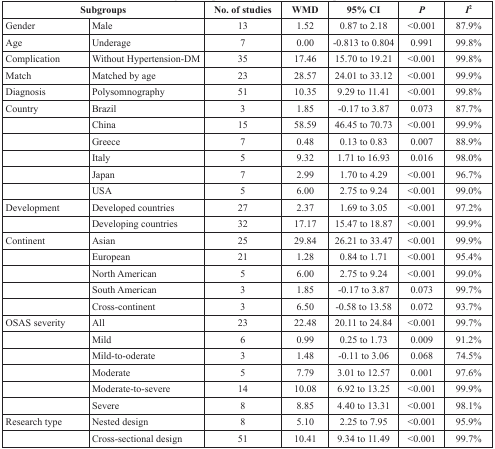
<table><thead><tr><td colspan="2"><b>Subgroups</b></td><td><b>No. of studies</b></td><td><b>WMD</b></td><td><b>95% CI</b></td><td><b><i>P</i></b></td><td><b><i>I</i><sup>2</sup></b></td></tr></thead><tbody><tr><td>Gender</td><td>Male</td><td>13</td><td>1.52</td><td>0.87 to 2.18</td><td>&lt;0.001</td><td>87.9%</td></tr><tr><td>Age</td><td>Underage</td><td>7</td><td>0.00</td><td>−0.813 to 0.804</td><td>0.991</td><td>99.8%</td></tr><tr><td>Complication</td><td>Without Hypertension-DM</td><td>35</td><td>17.46</td><td>15.70 to 19.21</td><td>&lt;0.001</td><td>99.8%</td></tr><tr><td>Match</td><td>Matched by age</td><td>23</td><td>28.57</td><td>24.01 to 33.12</td><td>&lt;0.001</td><td>99.9%</td></tr><tr><td>Diagnosis</td><td>Polysomnography</td><td>51</td><td>10.35</td><td>9.29 to 11.41</td><td>&lt;0.001</td><td>99.8%</td></tr><tr><td>Country</td><td>Brazil</td><td>3</td><td>1.85</td><td>−0.17 to 3.87</td><td>0.073</td><td>87.7%</td></tr><tr><td></td><td>China</td><td>15</td><td>58.59</td><td>46.45 to 70.73</td><td>&lt;0.001</td><td>99.9%</td></tr><tr><td></td><td>Greece</td><td>7</td><td>0.48</td><td>0.13 to 0.83</td><td>0.007</td><td>88.9%</td></tr><tr><td></td><td>Italy</td><td>5</td><td>9.32</td><td>1.71 to 16.93</td><td>0.016</td><td>98.0%</td></tr><tr><td></td><td>Japan</td><td>7</td><td>2.99</td><td>1.70 to 4.29</td><td>&lt;0.001</td><td>96.7%</td></tr><tr><td></td><td>USA</td><td>5</td><td>6.00</td><td>2.75 to 9.24</td><td>&lt;0.001</td><td>99.0%</td></tr><tr><td>Development</td><td>Developed countries</td><td>27</td><td>2.37</td><td>1.69 to 3.05</td><td>&lt;0.001</td><td>97.2%</td></tr><tr><td></td><td>Developing countries</td><td>32</td><td>17.17</td><td>15.47 to 18.87</td><td>&lt;0.001</td><td>99.9%</td></tr><tr><td>Continent</td><td>Asian</td><td>25</td><td>29.84</td><td>26.21 to 33.47</td><td>&lt;0.001</td><td>99.9%</td></tr><tr><td></td><td>European</td><td>21</td><td>1.28</td><td>0.84 to 1.71</td><td>&lt;0.001</td><td>95.4%</td></tr><tr><td></td><td>North American</td><td>5</td><td>6.00</td><td>2.75 to 9.24</td><td>&lt;0.001</td><td>99.0%</td></tr><tr><td></td><td>South American</td><td>3</td><td>1.85</td><td>−0.17 to 3.87</td><td>0.073</td><td>99.7%</td></tr><tr><td></td><td>Cross-continent</td><td>3</td><td>6.50</td><td>−0.58 to 13.58</td><td>0.072</td><td>93.7%</td></tr><tr><td>OSAS severity</td><td>All</td><td>23</td><td>22.48</td><td>20.11 to 24.84</td><td>&lt;0.001</td><td>99.7%</td></tr><tr><td></td><td>Mild</td><td>6</td><td>0.99</td><td>0.25 to 1.73</td><td>0.009</td><td>91.2%</td></tr><tr><td></td><td>Mild-to-oderate</td><td>3</td><td>1.48</td><td>−0.11 to 3.06</td><td>0.068</td><td>74.5%</td></tr><tr><td></td><td>Moderate</td><td>5</td><td>7.79</td><td>3.01 to 12.57</td><td>0.001</td><td>97.6%</td></tr><tr><td></td><td>Moderate-to-severe</td><td>14</td><td>10.08</td><td>6.92 to 13.25</td><td>&lt;0.001</td><td>99.9%</td></tr><tr><td></td><td>Severe</td><td>8</td><td>8.85</td><td>4.40 to 13.31</td><td>&lt;0.001</td><td>98.1%</td></tr><tr><td>Research type</td><td>Nested design</td><td>8</td><td>5.10</td><td>2.25 to 7.95</td><td>&lt;0.001</td><td>95.9%</td></tr><tr><td></td><td>Cross-sectional design</td><td>51</td><td>10.41</td><td>9.34 to 11.49</td><td>&lt;0.001</td><td>99.7%</td></tr></tbody></table>